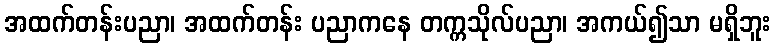
အထက်တန်းပညာ၊ အထက်တန်း ပညာကနေ တက္ကသိုလ်ပညာ၊ အကယ်၍သာ မရှိဘူး